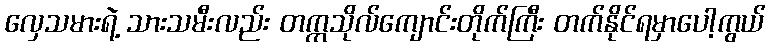
လှေသမားရဲ့ သားသမီးလည်း တက္ကသိုလ်ကျောင်းတိုက်ကြီး တက်နိုင်ရမှာပေါ့ကွယ်